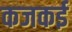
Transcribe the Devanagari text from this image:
कजकई